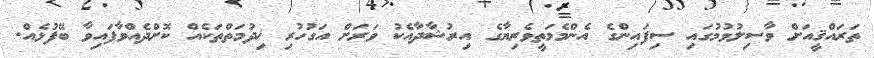
ތަރައްޤީއަށް ވާސިލުވުމުގައި ސިފައިންގެ އެންމެމަތީވެރިޔާގެ އިރުޝާދާއެކު ވަރަށް އަގުހުރި ޚިދުމަތްތަކެއް ކޮށްދެއްވާފައިވާ ބޭފުޅެއް.